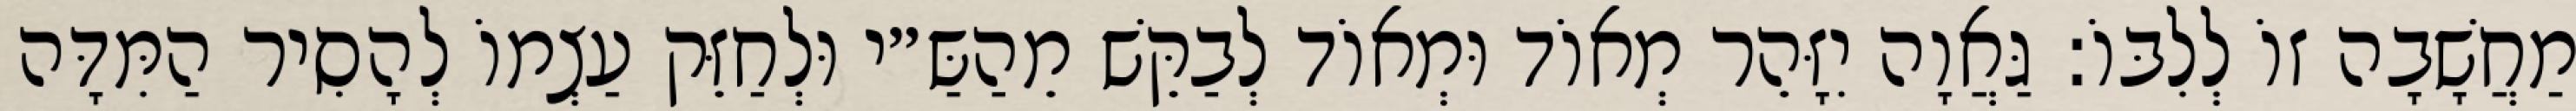
מַחֲשָׁבָה זוֹ לְלִבּוֹ: גַּאֲוָה יִזָּהֵר מְאוֹד וּמְאוֹד לְבַקֵּשׁ מֵהַשַּ״י וּלְחַזֵּק עַצְמוֹ לְהָסִיר הַמִּדָּה